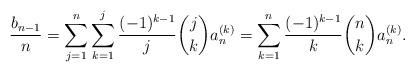
LaTeX: \begin{align*}\frac{b_{n-1}}{n} = \sum_{j=1}^n\sum_{k=1}^j \frac{(-1)^{k-1}}{j} \binom{j}{k} a^{(k)}_n= \sum_{k=1}^n \frac{(-1)^{k-1}}{k} \binom{n}{k} a^{(k)}_n. \end{align*}